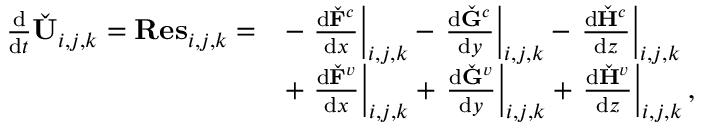
\begin{array} { r } { \begin{array} { r l } { \frac { \mathrm { d } } { \mathrm { d } t } \check { \mathbf { U } } _ { i , j , k } = \mathbf { R e s } _ { i , j , k } = } & { - \left. \frac { \mathrm { d } \check { \mathbf { F } } ^ { c } } { \mathrm { d } x } \right| _ { i , j , k } - \left. \frac { \mathrm { d } \check { \mathbf { G } } ^ { c } } { \mathrm { d } y } \right| _ { i , j , k } - \left. \frac { \mathrm { d } \check { \mathbf { H } } ^ { c } } { \mathrm { d } z } \right| _ { i , j , k } } \\ & { + \left. \frac { \mathrm { d } \check { \mathbf { F } } ^ { v } } { \mathrm { d } x } \right| _ { i , j , k } + \left. \frac { \mathrm { d } \check { \mathbf { G } } ^ { v } } { \mathrm { d } y } \right| _ { i , j , k } + \left. \frac { \mathrm { d } \check { \mathbf { H } } ^ { v } } { \mathrm { d } z } \right| _ { i , j , k } , } \end{array} } \end{array}